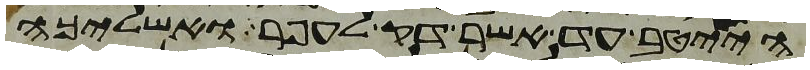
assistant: הייטב עד אשר דק לעפר ואשליכה